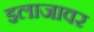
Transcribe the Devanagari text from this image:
इलाजावर